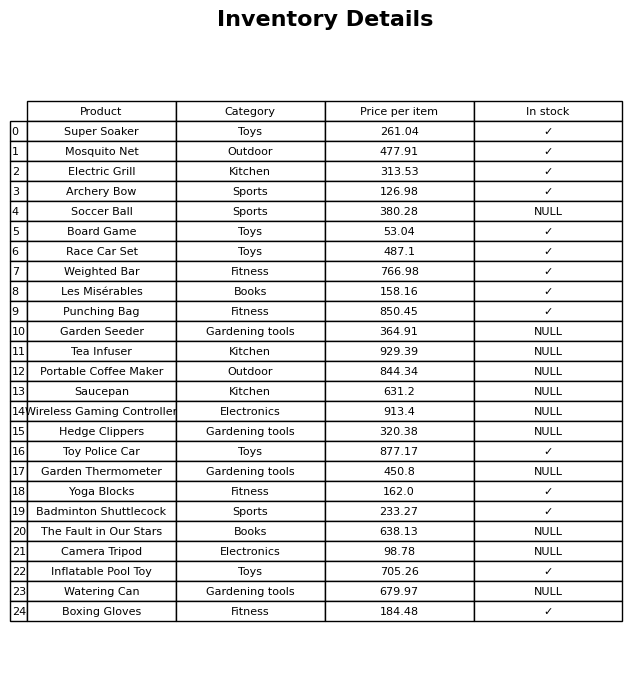
question: What is the price for Portable Coffee Maker?
answer: The price of Portable Coffee Maker is 844.34.